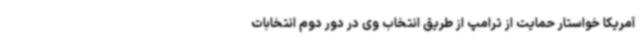
آمریکا خواستار حمایت از ترامپ از طریق انتخاب وی در دور دوم انتخابات